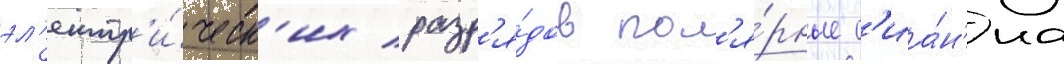
эл'ектр'и́ческ'их разр'я́дов пол'я́рные с'иа́н'иа